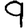
Digit: 9